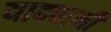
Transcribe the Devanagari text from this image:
यादवानी